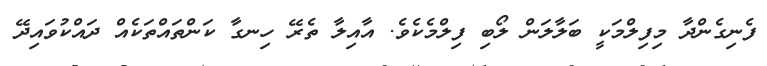
ފެނިގެންދާ މިފިލްމަކީ ބަލާލަން ލޯބި ފިލްމެކެވެ. އާއިލާ ތެރޭ ހިނގާ ކަންތައްތަކެއް ދައްކުވައިދޭ